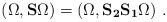
LaTeX: \begin{align*}(\Omega,{\bf S}\Omega)=(\Omega,{\bf S_2S_1}\Omega)\,\,.\end{align*}